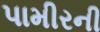
પામીરની